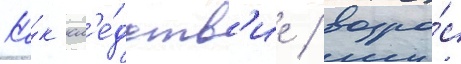
Ка́к сл'е́дств'ие / возро́с